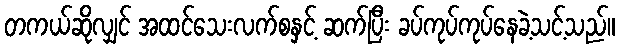
တကယ်ဆိုလျှင် အထင်သေးလက်စနှင့် ဆက်ပြီး ခပ်ကုပ်ကုပ်နေခဲ့သင့်သည်။